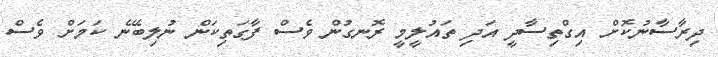
ދިރާސާނުކޮށް އިގްތިސާދީ އަދި ތައުލީމީ ރޮނގުން ވެސް ފާގަތިކަން ނުލިބޭނެ ކަމަށް ވެސް